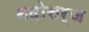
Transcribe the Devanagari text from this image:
नदीसर्ज